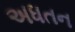
અધતન